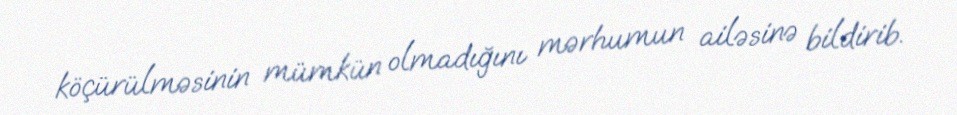
köçürülməsinin mümkün olmadığını mərhumun ailəsinə bildirib.